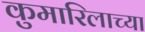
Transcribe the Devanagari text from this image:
कुमारिलाच्या